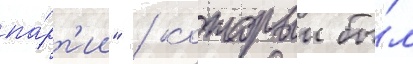
па́рт'ии" / которыи бы́л